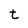
Character: t